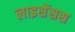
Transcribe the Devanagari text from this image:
लाइसेंसस